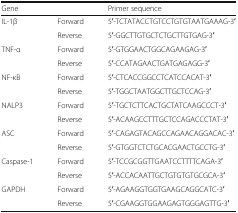
<table><thead><tr><td><b>Gene</b></td><td></td><td><b>Primer sequence</b></td></tr></thead><tbody><tr><td rowspan="2">IL-1β</td><td>Forward</td><td>5′-TCTATACCTGTCCTGTGTAATGAAAG-3′</td></tr><tr><td>Reverse</td><td>5′-GGCTTGTGCTCTGCTTGTGAG-3′</td></tr><tr><td rowspan="2">TNF-α</td><td>Forward</td><td>5′-GTGGAACTGGCAGAAGAG-3′</td></tr><tr><td>Reverse</td><td>5′-CCATAGAACTGATGAGAGG-3′</td></tr><tr><td rowspan="2">NF-κB</td><td>Forward</td><td>5′-CTCACCGGCCTCATCCACAT-3′</td></tr><tr><td>Reverse</td><td>5′-TGGCTAATGGCTTGCTCCAG-3′</td></tr><tr><td rowspan="2">NALP3</td><td>Forward</td><td>5′-TGCTCTTCACTGCTATCAAGCCCT-3′</td></tr><tr><td>Reverse</td><td>5′-ACAAGCCTTTGCTCCAGACCCTAT-3′</td></tr><tr><td rowspan="2">ASC</td><td>Forward</td><td>5′-CAGAGTACAGCCAGAACAGGACAC-3′</td></tr><tr><td>Reverse</td><td>5′-GTGGTCTCTGCACGAACTGCCTG-3′</td></tr><tr><td rowspan="2">Caspase-1</td><td>Forward</td><td>5′-TCCGCGGTTGAATCCTTTTCAGA-3′</td></tr><tr><td>Reverse</td><td>5′-ACCACAATTGCTGTGTGTGCGCA-3′</td></tr><tr><td rowspan="2">GAPDH</td><td>Forward</td><td>5′-AGAAGGTGGTGAAGCAGGCATC-3′</td></tr><tr><td>Reverse</td><td>5′-CGAAGGTGGAAGAGTGGGAGTTG-3′</td></tr></tbody></table>